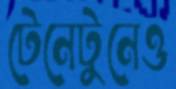
টেনেটুনেও